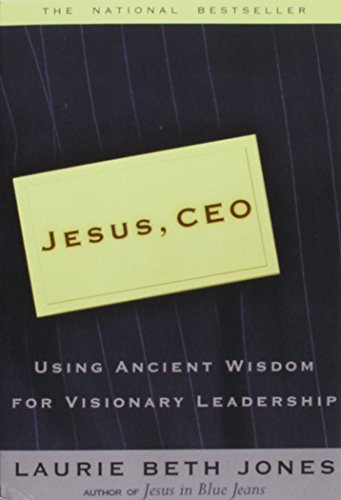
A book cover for Jesus CEO: Using Ancient Wisdom for Visionary Leadership; Laurie Beth Jones; Christian Books & Bibles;